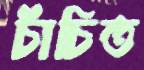
চাঁচিত